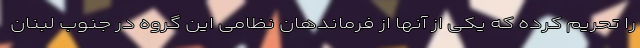
را تحریم کرده که یکی از آنها از فرماندهان نظامی این گروه در جنوب لبنان